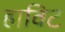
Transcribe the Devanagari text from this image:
हाविट